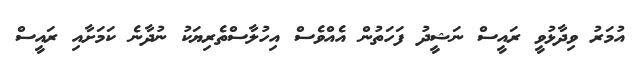
އުމަރު ވިދާޅުވީ ރައީސް ނަޝީދު ފަހަތުން އެއްވެސް އިހުލާސްތެރިޔަކު ނުދާނެ ކަމަށާއި ރައީސް